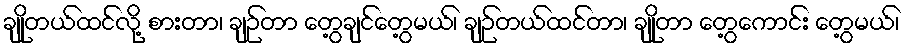
ချိုတယ်ထင်လို့ စားတာ၊ ချဉ်တာ တွေ့ချင်တွေ့မယ်၊ ချဉ်တယ်ထင်တာ၊ ချိုတာ တွေ့ကောင်း တွေ့မယ်၊